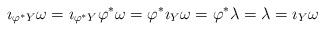
LaTeX: \begin{align*}\imath_{\varphi^* Y} \omega = \imath_{\varphi^* Y} \varphi^* \omega = \varphi^* \imath_Y \omega = \varphi^* \lambda = \lambda = \imath_Y \omega\end{align*}